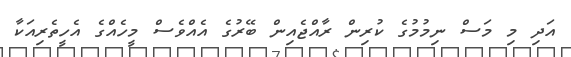
އަދި މި މަސް ނިމުމުގެ ކުރިން ރާއްޖެއިން ބޭރުގެ އެއްވެސް މީހެއްގެ އެހީތެރިއަކާ